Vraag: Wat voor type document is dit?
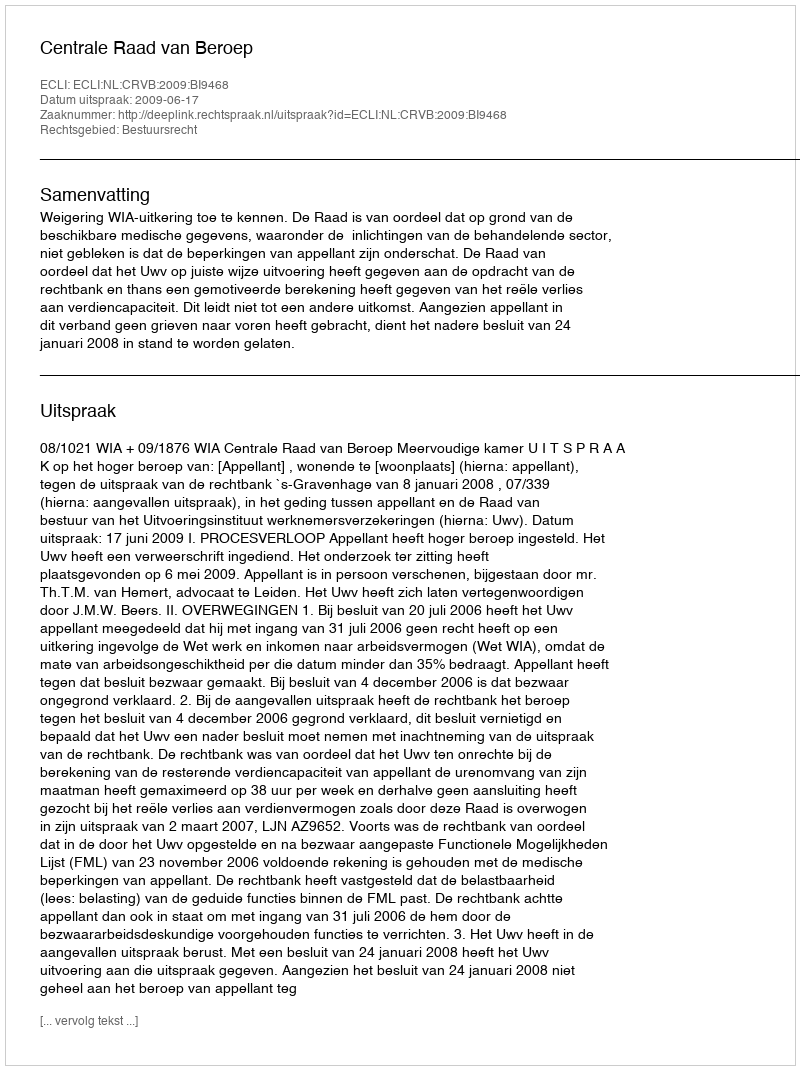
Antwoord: Uitspraak